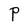
Character: P